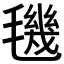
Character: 𣰈